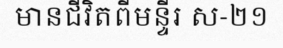
មានជីវិតពីមន្ទីរ ស-២១